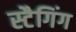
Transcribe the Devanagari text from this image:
स्टैगिंग